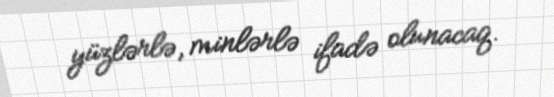
yüzlərlə, minlərlə ifadə olunacaq.